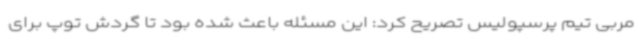
مربی تیم پرسپولیس تصریح کرد: این مسئله باعث شده بود تا گردش توپ برای